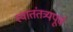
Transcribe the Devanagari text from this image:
स्वातंतत्र्यपूर्व